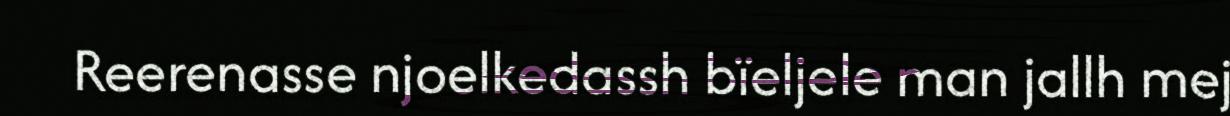
Reerenasse njoelkedassh bïeljele man jallh mej